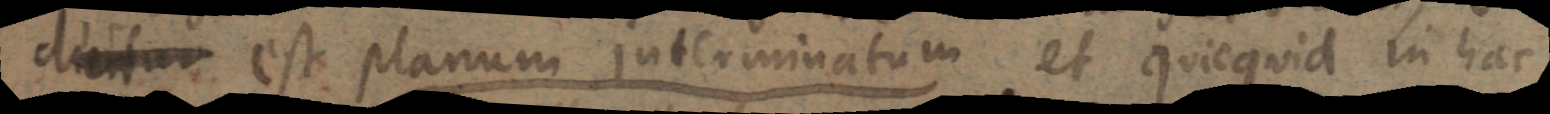
dicitur est planum interminatum et quicquid in hac